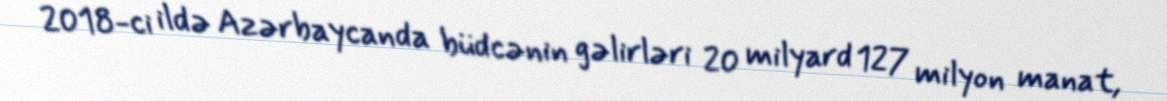
2018-ci ildə Azərbaycanda büdcənin gəlirləri 20 milyard 127 milyon manat,